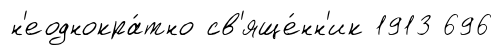
н'еоднокра́тно св'яще́нн'ик 1913 696